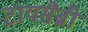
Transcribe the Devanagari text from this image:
टायसैब्री